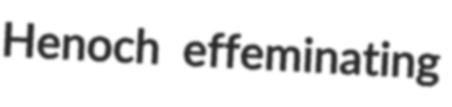
Henoch effeminating